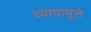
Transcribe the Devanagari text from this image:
व्यापामुले